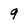
Character: 9